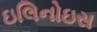
ઇલિનોઇસ